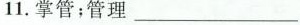
11.掌管；管理___